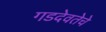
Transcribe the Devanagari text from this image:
गडदेवतेचे